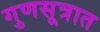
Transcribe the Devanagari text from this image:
गुणसूत्रात